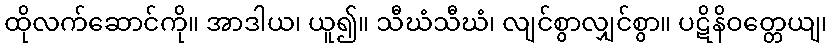
ထိုလက်ဆောင်ကို။ အာဒါယ၊ ယူ၍။ သီဃံသီဃံ၊ လျင်စွာလျှင်စွာ။ ပဋိနိဝတ္တေယျ၊